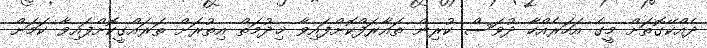
ދެއްކޭގޮތަށް މީގެ އަހަރެއްހާ ދުވަސް ކުރިން ތައާރަފްކޮށްފައިވާ ޚިދުމަތް އިތުރަށް ތަރައްގީކޮށްފައިވާ ކަމަށް